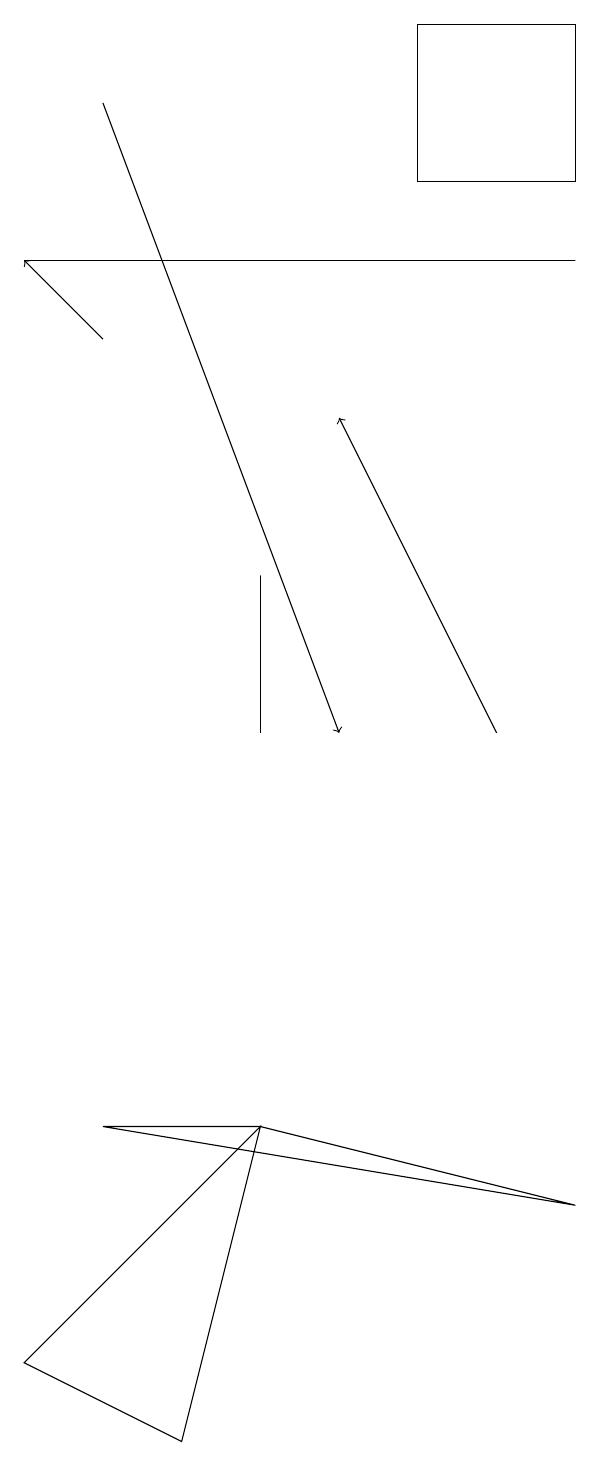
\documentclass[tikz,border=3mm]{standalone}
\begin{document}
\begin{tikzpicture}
\draw (5,19) rectangle (7,17);
\draw (3,10) rectangle (3,12);
\draw (0,16) rectangle (7,16);
\draw[->] (1,18) -- (4,10);
\draw[->] (1,15) -- (0,16);
\draw (2,1) -- (3,5) -- (0,2) -- cycle;
\draw[->] (6,10) -- (4,14);
\draw (3,5) -- (7,4) -- (1,5) -- cycle;
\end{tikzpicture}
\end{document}